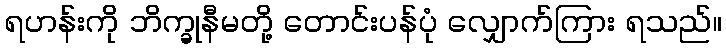
ရဟန်းကို ဘိက္ခုနီမတို့ တောင်းပန်ပုံ လျှောက်ကြား ရသည်။